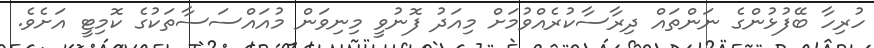
ހުރިހާ ބޭފުޅުންގެ ނަންތައް ދިރާސާކުރެއްވުމަށް މިއަދު ފޮނުވީ މިނިވަން މުއައްސަސާތަކުގެ ކޮމިޓީ އަށެވެ.